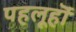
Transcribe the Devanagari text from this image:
पहलूहॊं